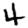
Digit: 4